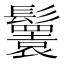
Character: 𩯴